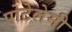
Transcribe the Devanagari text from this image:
पोटेलेमी